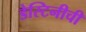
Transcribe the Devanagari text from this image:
डेस्टिनीची